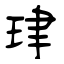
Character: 珒